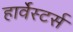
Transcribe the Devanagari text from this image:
हार्वेस्टर्स